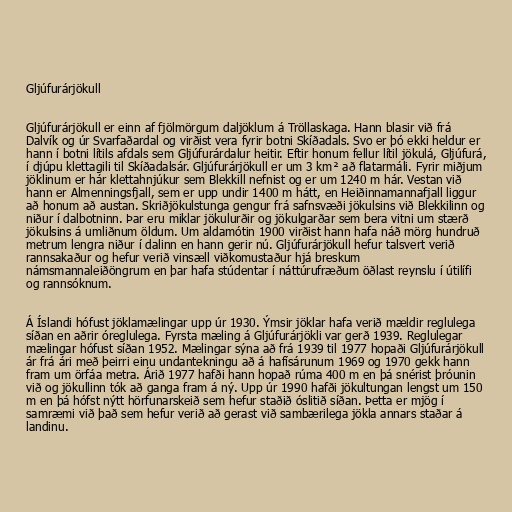
Gljúfurárjökull

Gljúfurárjökull er einn af fjölmörgum daljöklum á Tröllaskaga. Hann blasir við frá
Dalvík og úr Svarfaðardal og virðist vera fyrir botni Skíðadals. Svo er þó ekki heldur er
hann í botni lítils afdals sem Gljúfurárdalur heitir. Eftir honum fellur lítil jökulá, Gljúfurá,
í djúpu klettagili til Skíðadalsár. Gljúfurárjökull er um 3 km² að flatarmáli. Fyrir miðjum
jöklinum er hár klettahnjúkur sem Blekkill nefnist og er um 1240 m hár. Vestan við
hann er Almenningsfjall, sem er upp undir 1400 m hátt, en Heiðinnamannafjall liggur
að honum að austan. Skriðjökulstunga gengur frá safnsvæði jökulsins við Blekkilinn og
niður í dalbotninn. Þar eru miklar jökulurðir og jökulgarðar sem bera vitni um stærð
jökulsins á umliðnum öldum. Um aldamótin 1900 virðist hann hafa náð mörg hundruð
metrum lengra niður í dalinn en hann gerir nú. Gljúfurárjökull hefur talsvert verið
rannsakaður og hefur verið vinsæll viðkomustaður hjá breskum
námsmannaleiðöngrum en þar hafa stúdentar í náttúrufræðum öðlast reynslu í útilífi
og rannsóknum.

Á Íslandi hófust jöklamælingar upp úr 1930. Ýmsir jöklar hafa verið mældir reglulega
síðan en aðrir óreglulega. Fyrsta mæling á Gljúfurárjökli var gerð 1939. Reglulegar
mælingar hófust síðan 1952. Mælingar sýna að frá 1939 til 1977 hopaði Gljúfurárjökull
ár frá ári með þeirri einu undantekningu að á hafísárunum 1969 og 1970 gekk hann
fram um örfáa metra. Árið 1977 hafði hann hopað rúma 400 m en þá snérist þróunin
við og jökullinn tók að ganga fram á ný. Upp úr 1990 hafði jökultungan lengst um 150
m en þá hófst nýtt hörfunarskeið sem hefur staðið óslitið síðan. Þetta er mjög í
samræmi við það sem hefur verið að gerast við sambærilega jökla annars staðar á
landinu.